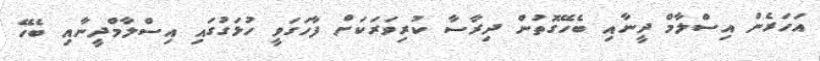
އަހަރެން އިސްލާމް ދީނާއި ބެހޭގޮތުން ދިރާސާ ކުރިވަރަކަށް ފާހަގަވީ ހުޅަގުގައި އިސްލާމްދީނާއި ބެހޭ